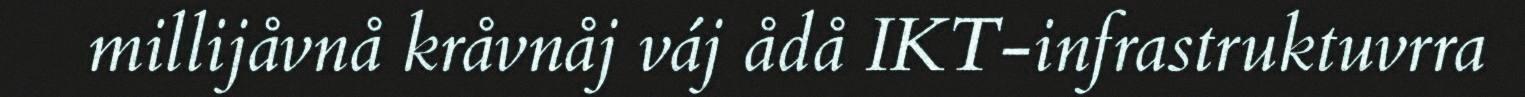
millijåvnå kråvnåj váj ådå IKT-infrastruktuvrra